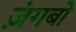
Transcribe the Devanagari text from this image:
ज़ंगबो